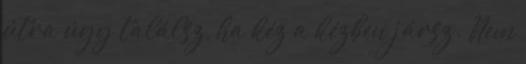
útra úgy találsz, ha kéz a kézben jársz. Nem